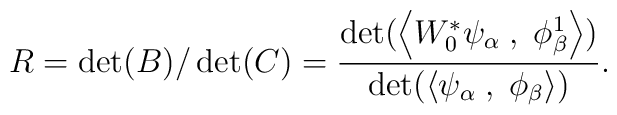
R = \det(B)/ \det(C) = {\det(\left< W^*_0 \psi_\alpha \; , \; \phi^1_\beta\right>) \over \det(\left< \psi_\alpha \; , \; \phi_\beta \right> )} .